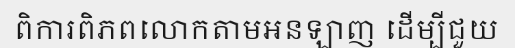
ពិការពិភពលោកតាមអនឡាញ ដើម្បីជួយ